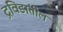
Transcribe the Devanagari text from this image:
द्रविडांतील